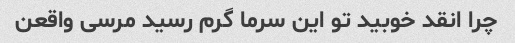
چرا انقد خوبید تو این سرما گرم رسید مرسی واقعن